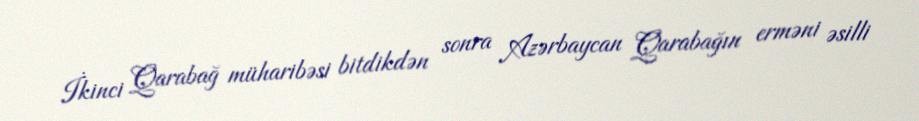
İkinci Qarabağ müharibəsi bitdikdən sonra Azərbaycan Qarabağın erməni əsilli